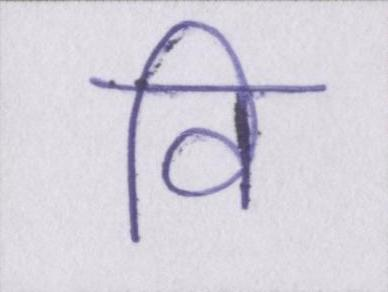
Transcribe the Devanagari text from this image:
वि